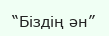
“Біздің ән”